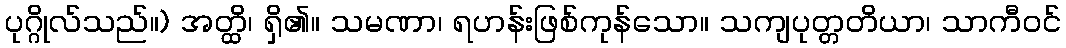
ပုဂ္ဂိုလ်သည်။) အတ္ထိ၊ ရှိ၏။ သမဏာ၊ ရဟန်းဖြစ်ကုန်သော။ သကျပုတ္တတိယာ၊ သာကီဝင်